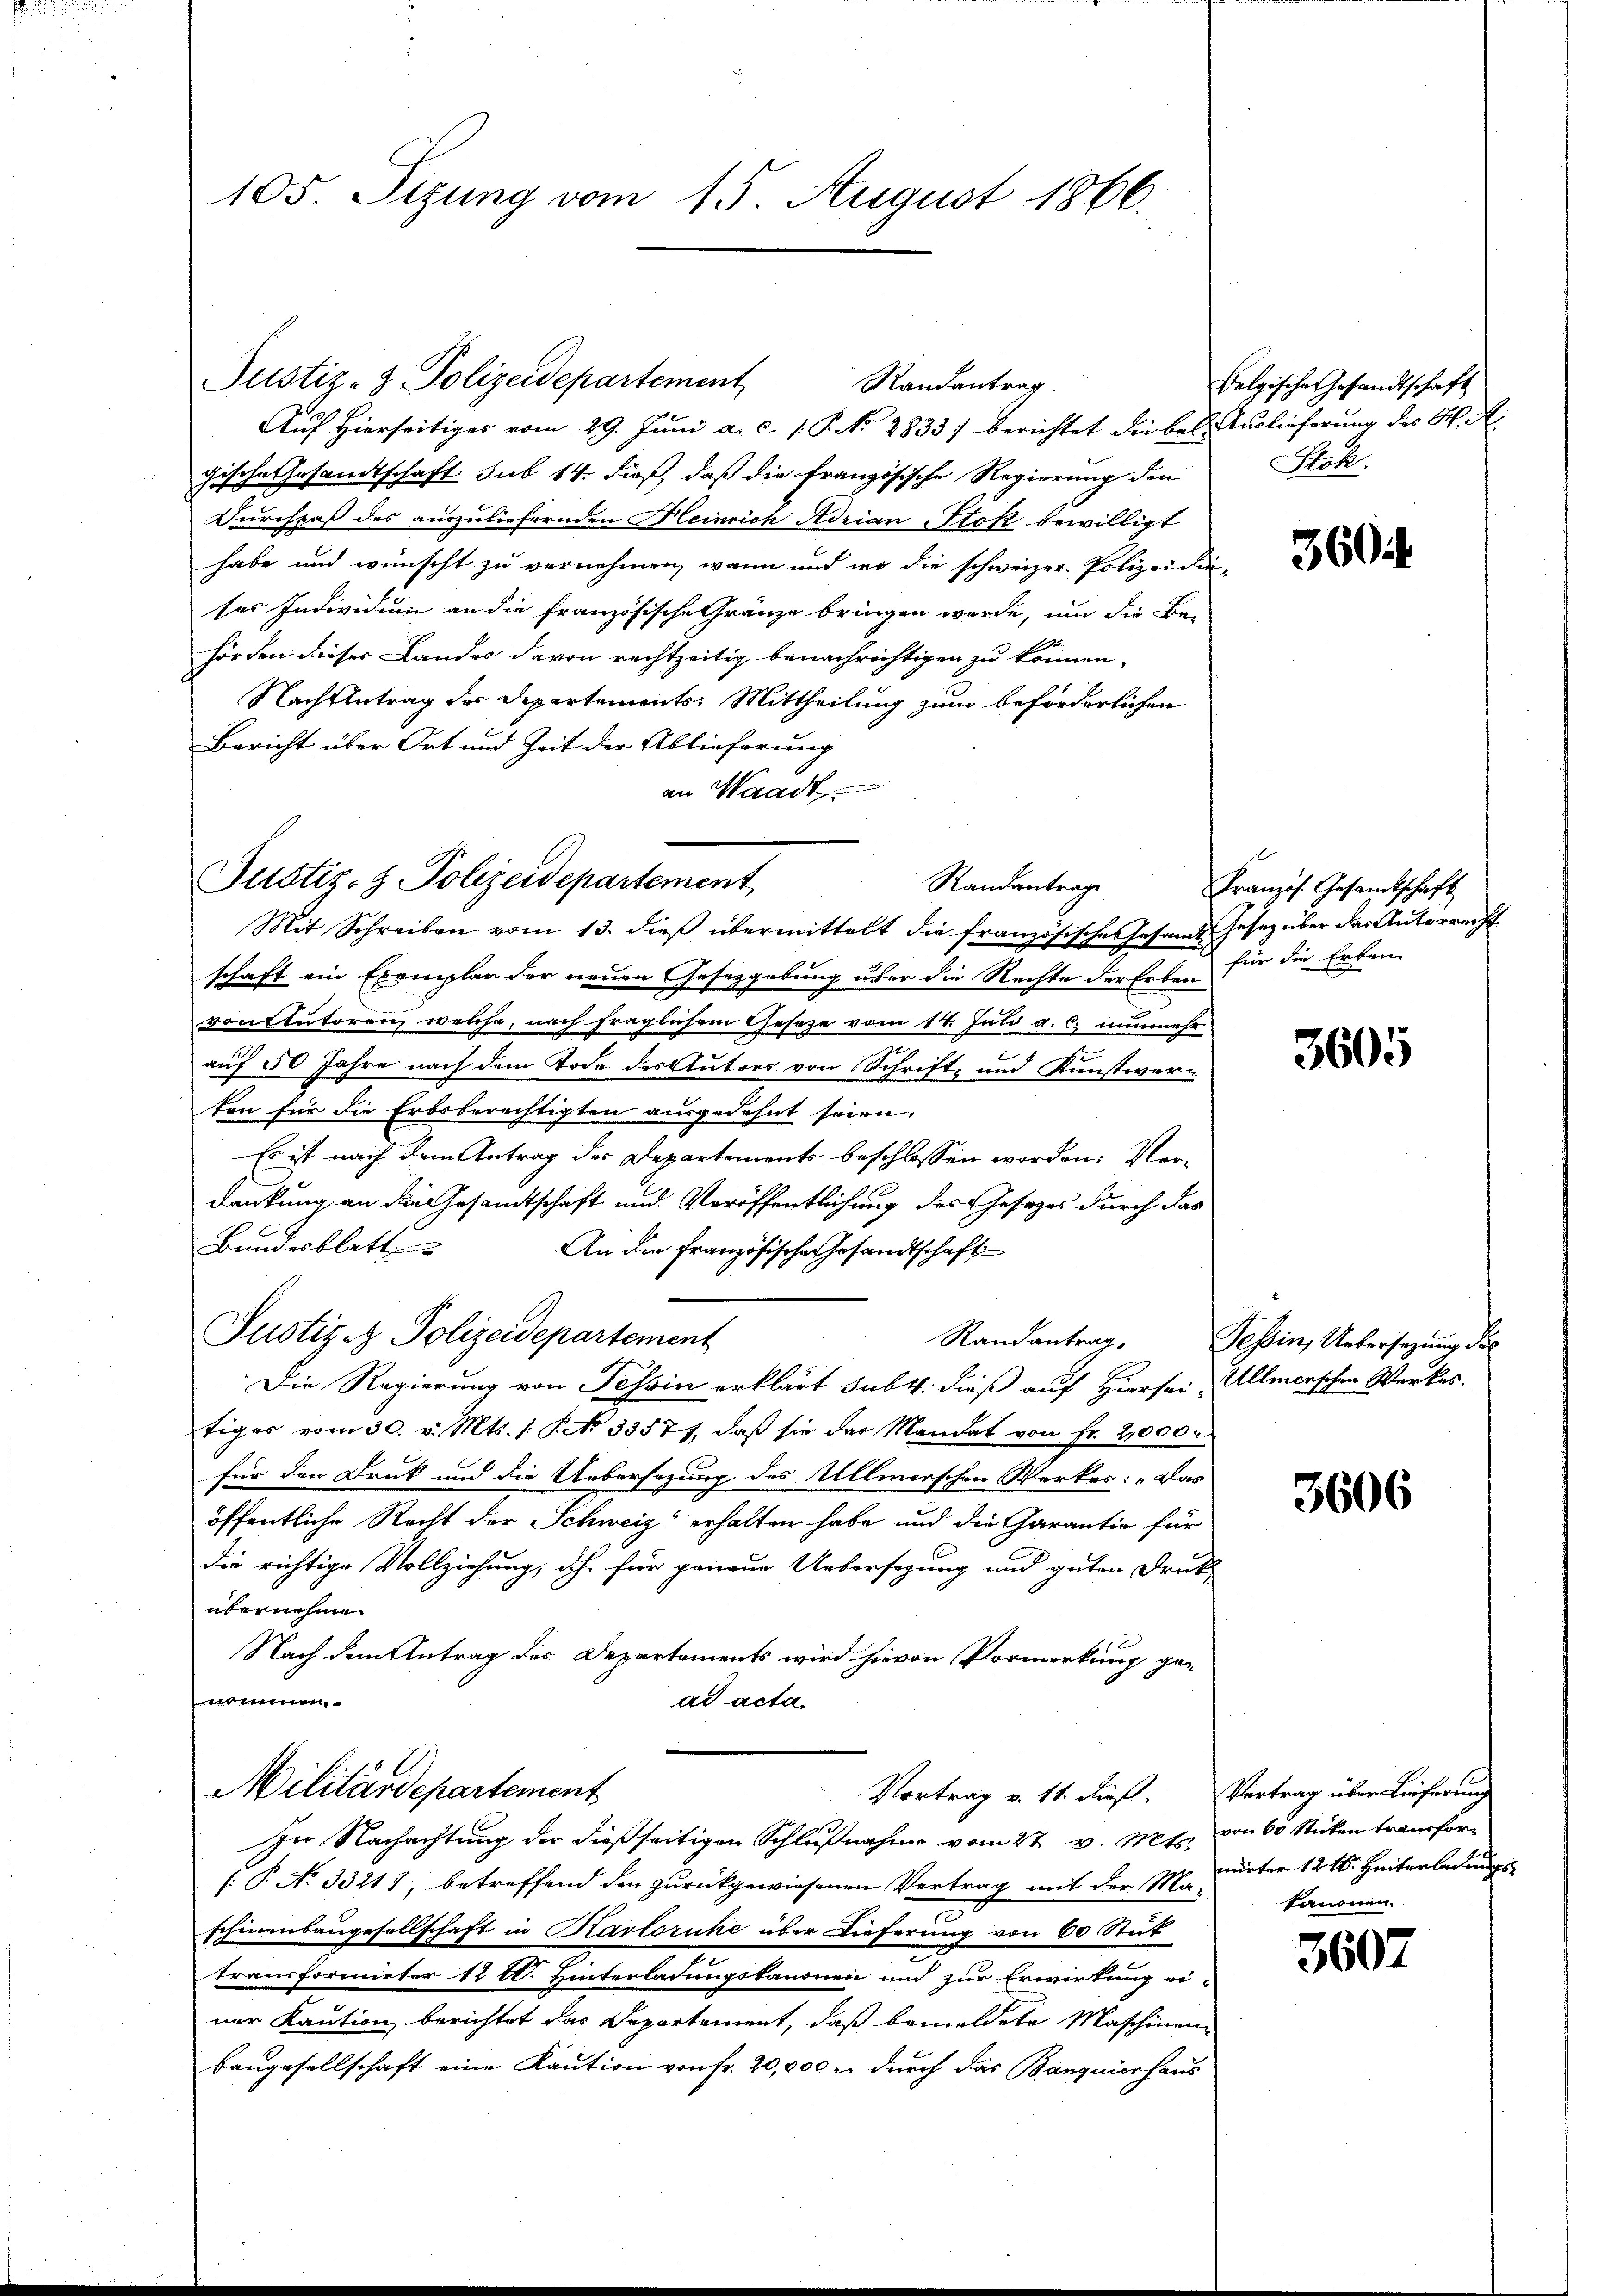
105. Sizung vom 15. August 1866.

Auf Hierseitiges vom 29. Juni a. c. s. P. No 2833) berichtet die bei Auslieferung des K. A.
gische Gesandtschaft sub 14. dieß, daß die französische Regierung den
Durchpaß des auszuliefernden Heinrich Adrian Stok bewilligt
habe und wünscht zu vernehmen, wann und in die schweizer Polizei dieses Individum an die französische Gränze bringen werde, um die Be-
hörden dieser Landes davon rechtzeitig benachrichtigen zu können,
Nachflutrag des Departements Mittheilung zum beförderlichen
Bericht über Ort und Zeit der Ablieferung |
an Waadt

Justiz- & Polizeidepartement,
Randantrage

Justiz- & Polizeidepartement

Randantrag.

Mit Schreiben vom 13. dieβ übermittelt die französische Gesande Gesez über der Autorrest
schaft ein Exemplar der neuen Gesetzgebung über die Rechte der Erben
von tutoren, welche, nach fraglichem Geseze vom 14. Juli a. c. nunmehr
2
auf 50 Jahre nach dem Tode des Autors von Schrift- und Kunstwerten für die Erbsberechtigten ausgedehnt seien.
Es ist nach dem Antrag der Departements beschlossen worden. Verdankung an die Gesamtschaft und Veröffentlichung des Gesetzes durch das
Bundesblatt.
An die französische Gesandtschaft
Justiz & Polizeidepartement
Die Regierung von Tessin erklärt subt. dieß auf Hiersei, Allmerschen Werkes.
tiges vom 30. v. Mts. 1. No 33571, daß sie das Mandat von Fr. 2,000.
für den Druck und die Uebersezung des Ullmerschen Werkes: „Das
öffentliche Recht der Schweiz erhalten habe und die Garantie für
die richtige Vollziehung, dh. für genaue Uebersezung und guten Druk
übernehme
Nach dem Antrag des Departements wird hievon Vormerkung ge-
uhmen
ad acta.
Militärdepartement
Vortrag v. 11. dieß.
In Nachachtung der dießseitigen Schlußnahme vom 27. v. Mts.
(P. No 33217, betreffend den zurückgewiesenen Vertrag mit der Maschinenbaugesellschaft in Karlsruhe über Dieferung von 60 Stük
transformirter 12 l. Hinterladungskanonen und zur Erwirkung ei-
ner Kaution berichtet das Departement, daß bemeldete Maschinen
baugesellschaft eine Kaution von fr. 20,000 u. durch das Banquierhaus

Belgische Gesandtschaft
Stoh.

360 f.

Französ. Gesamtschaft
für die Erben-

3605

Randantrag, Tessin, Uebersezung des

3606

Vertrag über Lieferung
von 60 Sticken transformärter 12 t. Heiterladungs
kanonen.

3607